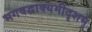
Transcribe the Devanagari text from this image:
भगवद्वाक्यमीदृशम्